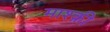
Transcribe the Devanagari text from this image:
माश्क़ी